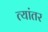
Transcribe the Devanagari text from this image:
त्यांतर